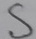
Text: S